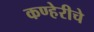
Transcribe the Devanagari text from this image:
कण्हेरीचे